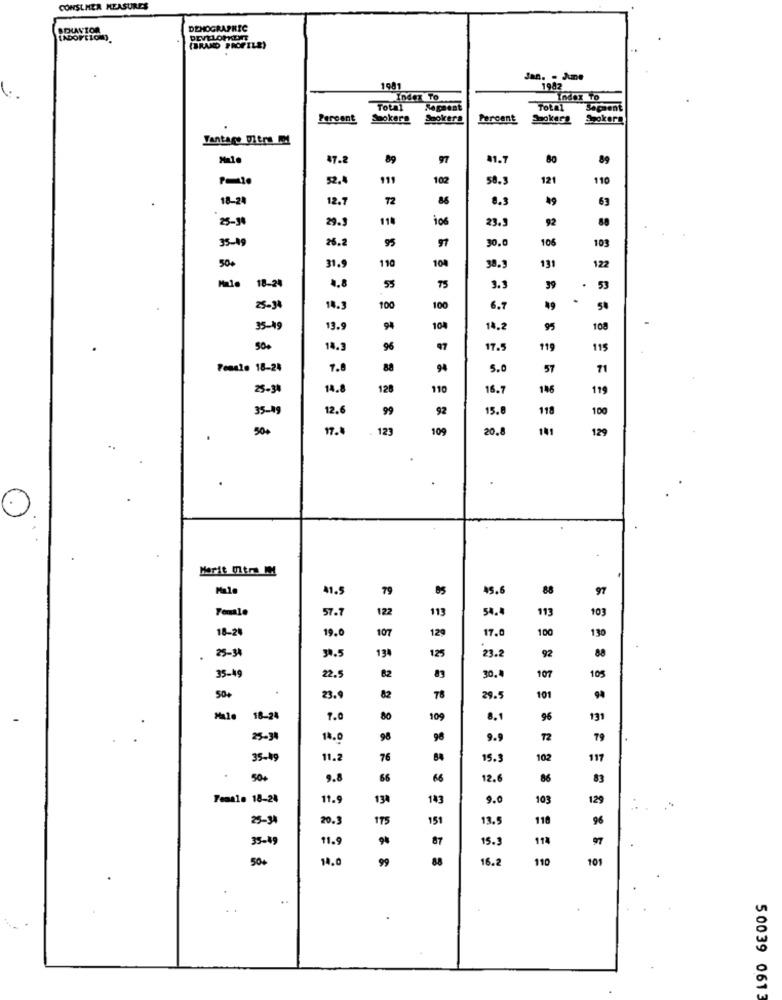
CONSUMER MEASURES
SPUAVION
DEMOGRAPHIC
[ADOPTION)
(BRANO PROFILE)
Jan. - June
1981
1982
6.
Index To
Index To
Total
Sageest
Total
Sacaent
Percent
Sookers
Smokers
Percent
Spokers
Spokers
Tantage Ditra m
47.2
89
97
41.7
80
89
52.
111
102
58.3
121
110
18-24
12.
72
86
8.3
63
25-30
29.5
110
106
23.9
92
35-09
26.2
95
97
30.
105
103
110
108
131
50+
31.9
122
4.8
18-24
55
75
3.3
39
.
53
25-34
14.3
100
100
6.7
35-19
19.9
94
104
14.2
95
108
5 8
500
14.3
96
97
17.5
119
115
Female 18-24
7.8
88
94
5.0
57
71
25-34
14.8
128
110
16.7
146
119
35-49
12.
99
92
15.
118
100
50+
17.
.. 123
109
20.0
141
129
.
Marit Oltre IM
41.5
79
45.6
88
97
Female
57.1
122
113
54.4
113
103
18-20
19.0
107
129
17.0
100
130
25-34
30.5
134
88
125
23.2
92
35-49
22.5
82
30.
107
105
50+
23.9
82
78
29.5
101
Male
18-24
7.0
80
109
8.1
96
131
25-31
14.0
98
96
9.9
12
79
35-49
11.2
76
15.3
102
117
50+
9.8
66
66
12.6
86
83
Teaale 18-24
11.9
134
143
9.0
103
129
25-34
20.3
175
151
13.5
118
96
35-49
11.9
87
15.
114
50+
14.0
99
88
16.2
110
101
..
50039 0613